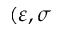
( \varepsilon , \sigma